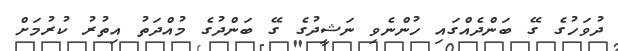
ދުވަހުގެ ގޭ ބަންދެއްގައި ހުންނެވި ނަޝީދުގެ ގޭ ބަންދުގެ މުއްދަތު އިތުރު ކުރުމަށް